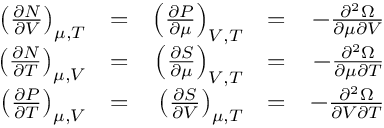
{ \begin{array} { r l r l r } { \left( { \frac { \partial N } { \partial V } } \right) _ { \mu , T } } & { = } & { \left( { \frac { \partial P } { \partial \mu } } \right) _ { V , T } } & { = } & { - { \frac { \partial ^ { 2 } \Omega } { \partial \mu \partial V } } } \\ { \left( { \frac { \partial N } { \partial T } } \right) _ { \mu , V } } & { = } & { \left( { \frac { \partial S } { \partial \mu } } \right) _ { V , T } } & { = } & { - { \frac { \partial ^ { 2 } \Omega } { \partial \mu \partial T } } } \\ { \left( { \frac { \partial P } { \partial T } } \right) _ { \mu , V } } & { = } & { \left( { \frac { \partial S } { \partial V } } \right) _ { \mu , T } } & { = } & { - { \frac { \partial ^ { 2 } \Omega } { \partial V \partial T } } } \end{array} }